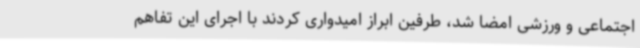
اجتماعی و ورزشی امضا شد، طرفین ابراز امیدواری کردند با اجرای این تفاهم